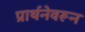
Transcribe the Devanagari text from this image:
प्रार्थनेवरून